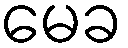
မေခ